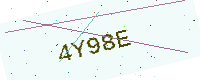
Text: 4Y98E